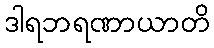
ဒါရဘရဏာယာတိ